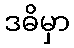
ဒဓိမှာ